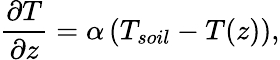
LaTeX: \frac{\partial T}{\partial z}=\alpha\left(T_{soil}-T(z)\right),